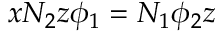
x N _ { 2 } z \phi _ { 1 } = N _ { 1 } \phi _ { 2 } z